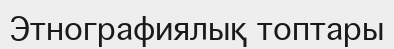
Этнографиялық топтары